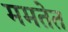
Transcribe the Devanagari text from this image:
ममतेत